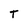
Character: T